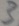
Text: 3